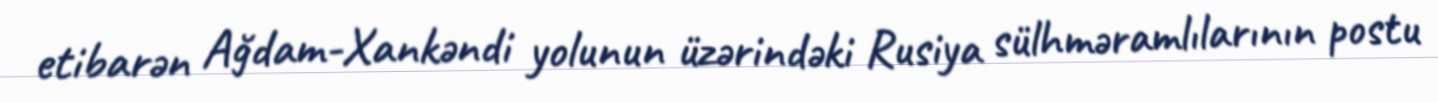
etibarən Ağdam-Xankəndi yolunun üzərindəki Rusiya sülhməramlılarının postu